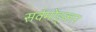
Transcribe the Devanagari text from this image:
सर्वमोंङ्कार